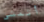
أتمشى